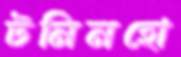
টনিনহো